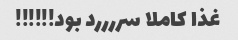
غذا کاملا سررررد بود!!!!!!